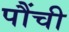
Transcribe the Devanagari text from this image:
पौंची